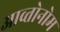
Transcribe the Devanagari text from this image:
आव्तोनोम